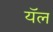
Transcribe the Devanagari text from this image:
यॅल